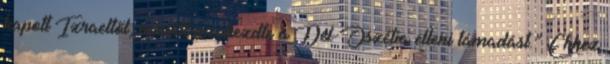
kapott Izraeltől, mielőtt megkezdte a Dél-Oszétia elleni támadást.” Ehhez